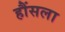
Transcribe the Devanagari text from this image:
हौंसला